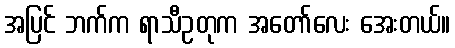
အပြင် ဘက်က ရာသီဥတုက အတော်လေး အေးတယ်။